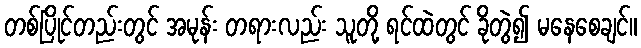
တစ်ပြိုင်တည်းတွင် အမုန်း တရားလည်း သူတို့ ရင်ထဲတွင် ခိုတွဲ၍ မနေစေချင်။